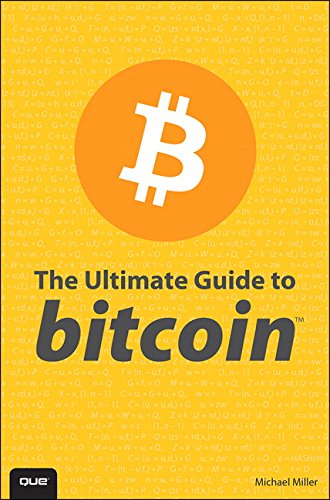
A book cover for The Ultimate Guide to Bitcoin; Michael Miller; Computers & Technology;